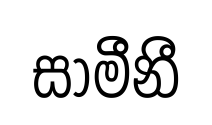
සාමීනී